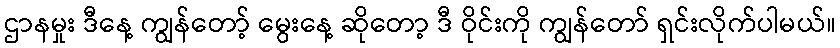
ဌာနမှုး ဒီနေ့ ကျွန်တော့် မွေးနေ့ ဆိုတော့ ဒီ ဝိုင်းကို ကျွန်တော် ရှင်းလိုက်ပါမယ်။